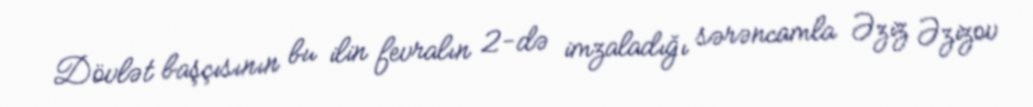
Dövlət başçısının bu ilin fevralın 2-də imzaladığı sərəncamla Əziz Əzizov